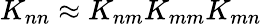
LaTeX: K_{nn}\approx K_{nm}K_{mm}K_{mn}